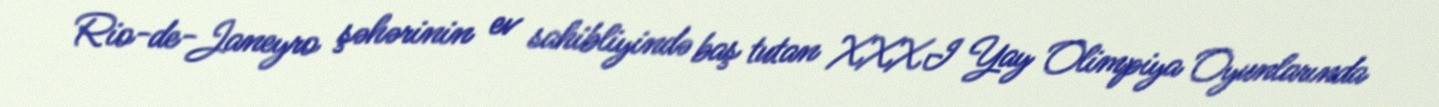
Rio-de-Janeyro şəhərinin ev sahibliyində baş tutan XXXI Yay Olimpiya Oyunlarında